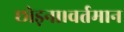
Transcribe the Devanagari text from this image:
छोड़ना।वर्तमान